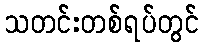
သတင်းတစ်ရပ်တွင်